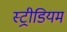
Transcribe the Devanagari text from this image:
स्ट्रीडियम